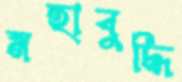
মহাবুদ্ধি